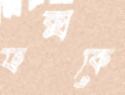
ফক্সকে